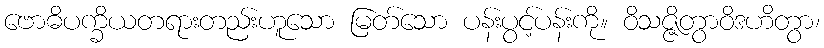
ဗောဓိပက္ခိယတရားတည်းဟူသော မြတ်သော ပန်းပွင့်ပန်းကို။ ဝိသဇ္ဇိတွာဝိဒဟိတွာ၊